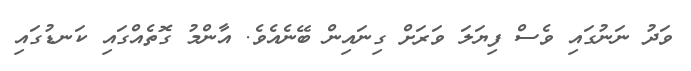
ވަދު ނަނުގައި ވެސް ފިޔަލަ ވަރަށް ގިނައިން ބޭނެއެވެ. އާންމު ގޮތެއްގައި ކަނޑުގައި